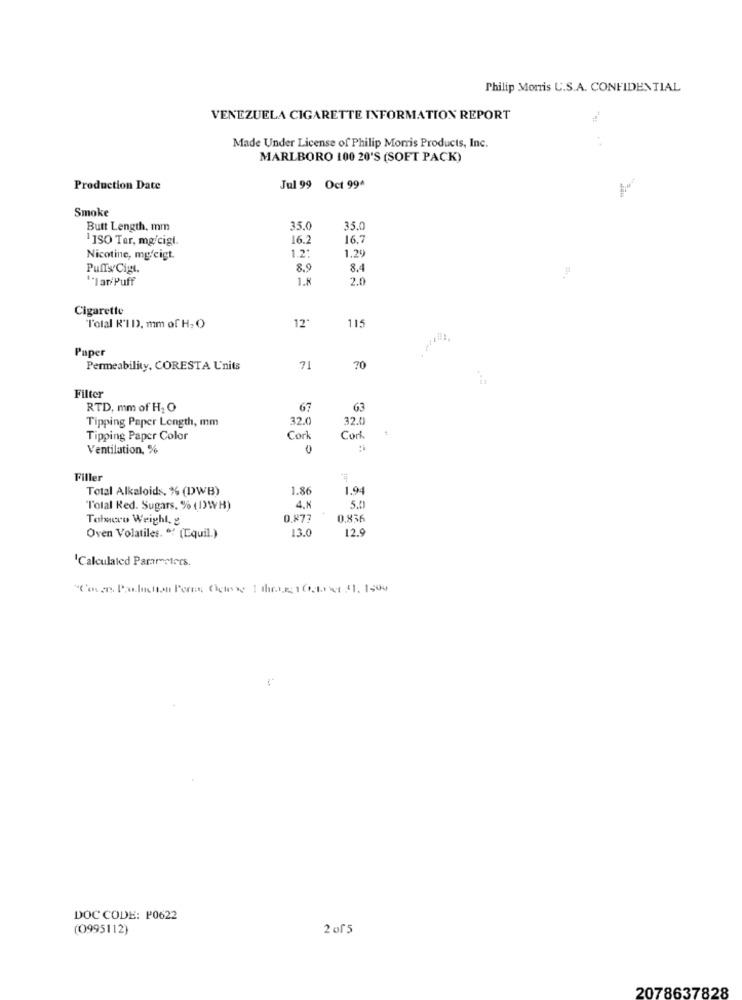
Philip Morris U.S.A. CONFIDENTIAL
VENEZUELA CIGARETTE INFORMATION REPORT
Made Under License of Philip Morris Products, Inc.
MARLBORO 100 20'S (SOFT PACK)
Production Date
Jul 99 Oct 99^
Smoke
Butt Length. mm
35.0
35.
1 ISO Ter, mg/cigl.
16.2
16.7
1.2:
1.29
Nicotine, mgfeigt.
Puffs Cigt.
8.9
8.4
"I ar/Puff
1.8
2.0
Cigarette
"Total R'I DD. mm of H. O
11:
Paper
Permeability, CORESTA Units
71
70
Filter
RTD, mm of H2 O
67
63
Tipping Paper Length, mm
32.0
32.0
Tipping Paper Color
Cork
Cork.
Ventilation, %
0
Filler
Total Alkaloids. % (DWB)
1.86
1.94
"Total Red. Sugars. % (D)WH)
4.K
5.0
Tobacco Weighl, g
0.877
0.836
13.0
12.9
Oven Volatiles. " (Equil.)
'Calculated Pararmeters.
"Con as Parlagtion Peres, Ogliog 1 throg 1 0 41. 1599
DOC CODE: P0622
(0995112)
2 of5
2078637828